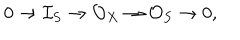
LaTeX: 0 \to \mathcal { I } _ { S } \to \mathcal { O } _ { X } \to \mathcal { O } _ { S } \to 0 ,